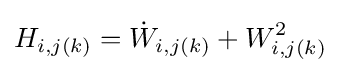
H_{i,j(k)}={\dot {W}}_{i,j(k)}+W_{i,j(k)}^{2}